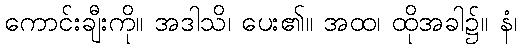
ကောင်းချီးကို။ အဒါသိ၊ ပေး၏။ အထ၊ ထိုအခါ၌။ နံ၊